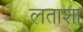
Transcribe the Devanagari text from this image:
लताशा